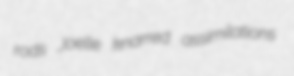
rods Joelle knarred assimilations